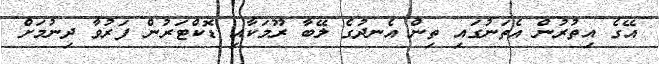
އޭގެ އިތުރުން އެތަނުގައި ތިން އެނދުގެ ލޭބާ ރޫމަކާއި ޑޮކްޓަރުން ފަރުވާ ދިނުމަށް